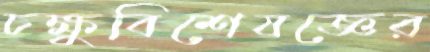
চক্ষুবিশেষজ্ঞের